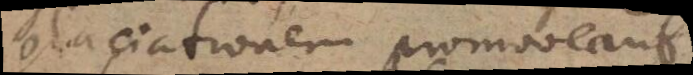
glaciationem promoveant.